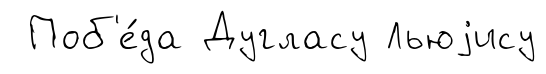
Поб'е́да Дугласу Льюjису